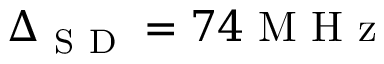
\Delta _ { \mathrm { ~ S ~ D ~ } } = 7 4 \mathrm { ~ M ~ H ~ z ~ }